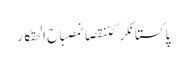
پاکستانکرکٹنقصانمصباح الحقکار